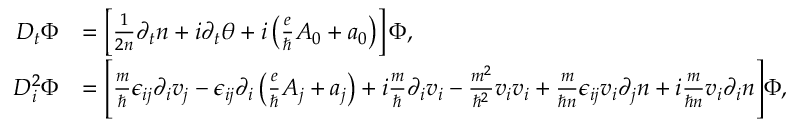
\begin{array} { r l } { D _ { t } \Phi } & { = \left[ \frac { 1 } { 2 n } \partial _ { t } n + i \partial _ { t } \theta + i \left( \frac { e } { \hbar } A _ { 0 } + a _ { 0 } \right) \right] \Phi , } \\ { D _ { i } ^ { 2 } \Phi } & { = \Bigg [ \frac { m } { \hbar } \epsilon _ { i j } \partial _ { i } v _ { j } - \epsilon _ { i j } \partial _ { i } \left( \frac { e } { \hbar } A _ { j } + a _ { j } \right) + i \frac { m } { \hbar } \partial _ { i } v _ { i } - \frac { m ^ { 2 } } { \hbar ^ { 2 } } v _ { i } v _ { i } + \frac { m } { \hbar n } \epsilon _ { i j } v _ { i } \partial _ { j } n + i \frac { m } { \hbar n } v _ { i } \partial _ { i } n \Bigg ] \Phi , } \end{array}